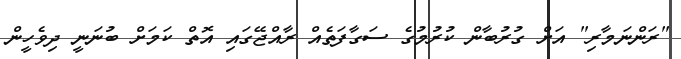
"ރަންނަމާރި" އަށް ގުރުބާން ކުރުމުގެ ސަގާފަތެއް ރާއްޖޭގައި އޮތް ކަމަށް ބުނަނީ ދިވެހީން